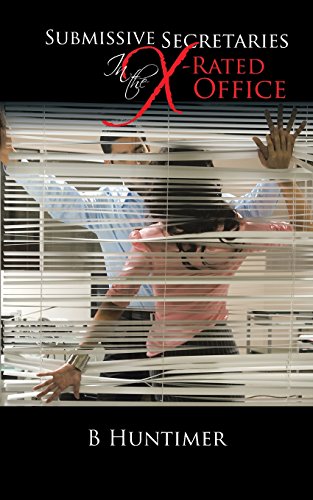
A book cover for Submissive Secretaries in the  X-Rated Office; B. Huntimer; Romance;